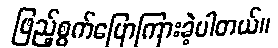
ဖြည့်စွက်ပြောကြားခဲ့ပါတယ်။